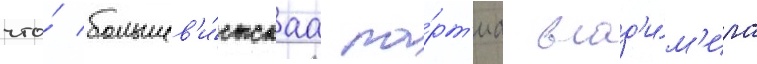
что́ большев'и́стскаа па́рт'иа влад'и́м'ира